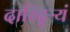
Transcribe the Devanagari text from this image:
दारिद्ऱ्यं